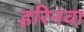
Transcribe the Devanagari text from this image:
हरिनवा